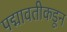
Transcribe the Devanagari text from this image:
पद्मावतीकडून